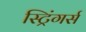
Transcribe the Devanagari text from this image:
स्ट्रिंगर्स